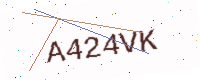
Text: A424VK